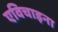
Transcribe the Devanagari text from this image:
एविचाइना